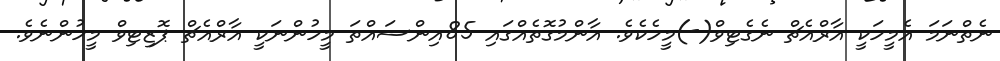
ނެތްނަމަ އެމީހަކީ އާރްއެޗް ނެގެޓިވް(-)މީހެކެވެ. އާންމުގޮތެއްގައި 85އިންސައްތަ މީހުންނަކީ އާރްއެޗް ޕޮޒިޓިވް މީހުންނެވެ.